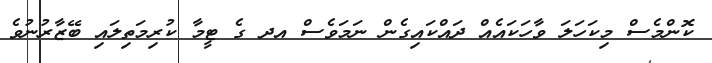
ކޮންމެސް މިކަހަލަ ވާހަކައެއް ދައްކައިގެން ނަމަވެސް އދ ގެ ޓީމާ ކުރިމަތިލައި ބޭޒާރުނުވެ